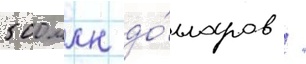
500 млн до́лларов /